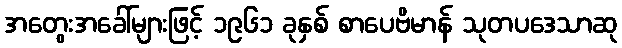
အတွေးအခေါ်များဖြင့် ၁၉၆၁ ခုနှစ် စာပေဗိမာန် သုတပဒေသာဆု